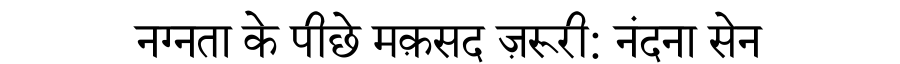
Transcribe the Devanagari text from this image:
नग्नता के पीछे मक़सद ज़रूरी: नंदना सेन